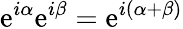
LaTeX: \mathrm{e}^{i\alpha}\mathrm{e}^{i\beta}=\mathrm{e}^{i(\alpha+\beta)}